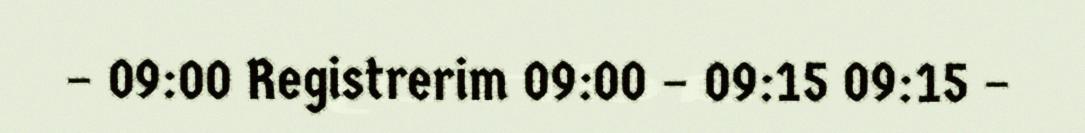
– 09:00 Registrerim 09:00 – 09:15 09:15 –